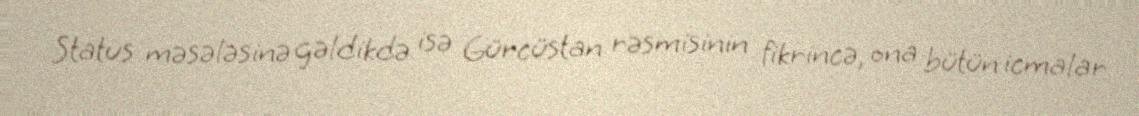
Status məsələsinə gəldikdə isə Gürcüstan rəsmisinin fikrincə, ona bütün icmalar